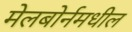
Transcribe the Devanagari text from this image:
मेलबोर्नमधील